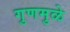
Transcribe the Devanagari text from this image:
गुणमुळे